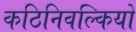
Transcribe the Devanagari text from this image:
कठिनिवल्कियों